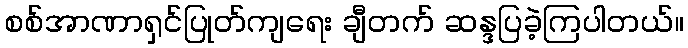
စစ်အာဏာရှင်ပြုတ်ကျရေး ချီတက် ဆန္ဒပြခဲ့ကြပါတယ်။